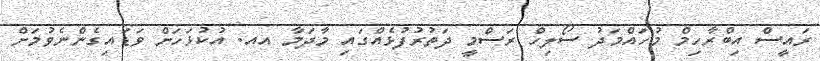
ރައީސް އިބްރާހިމް މުހައްމަދު ސޯލިހް ރަސްމީ ދަތުރުފުޅެއްގައި މާދަމާ އއ. އުކުޅަހަށް ވަޑައިގެންނެވުމަށް